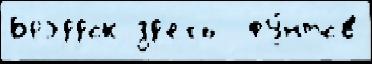
Брэддок зд'есь  фу́нтов